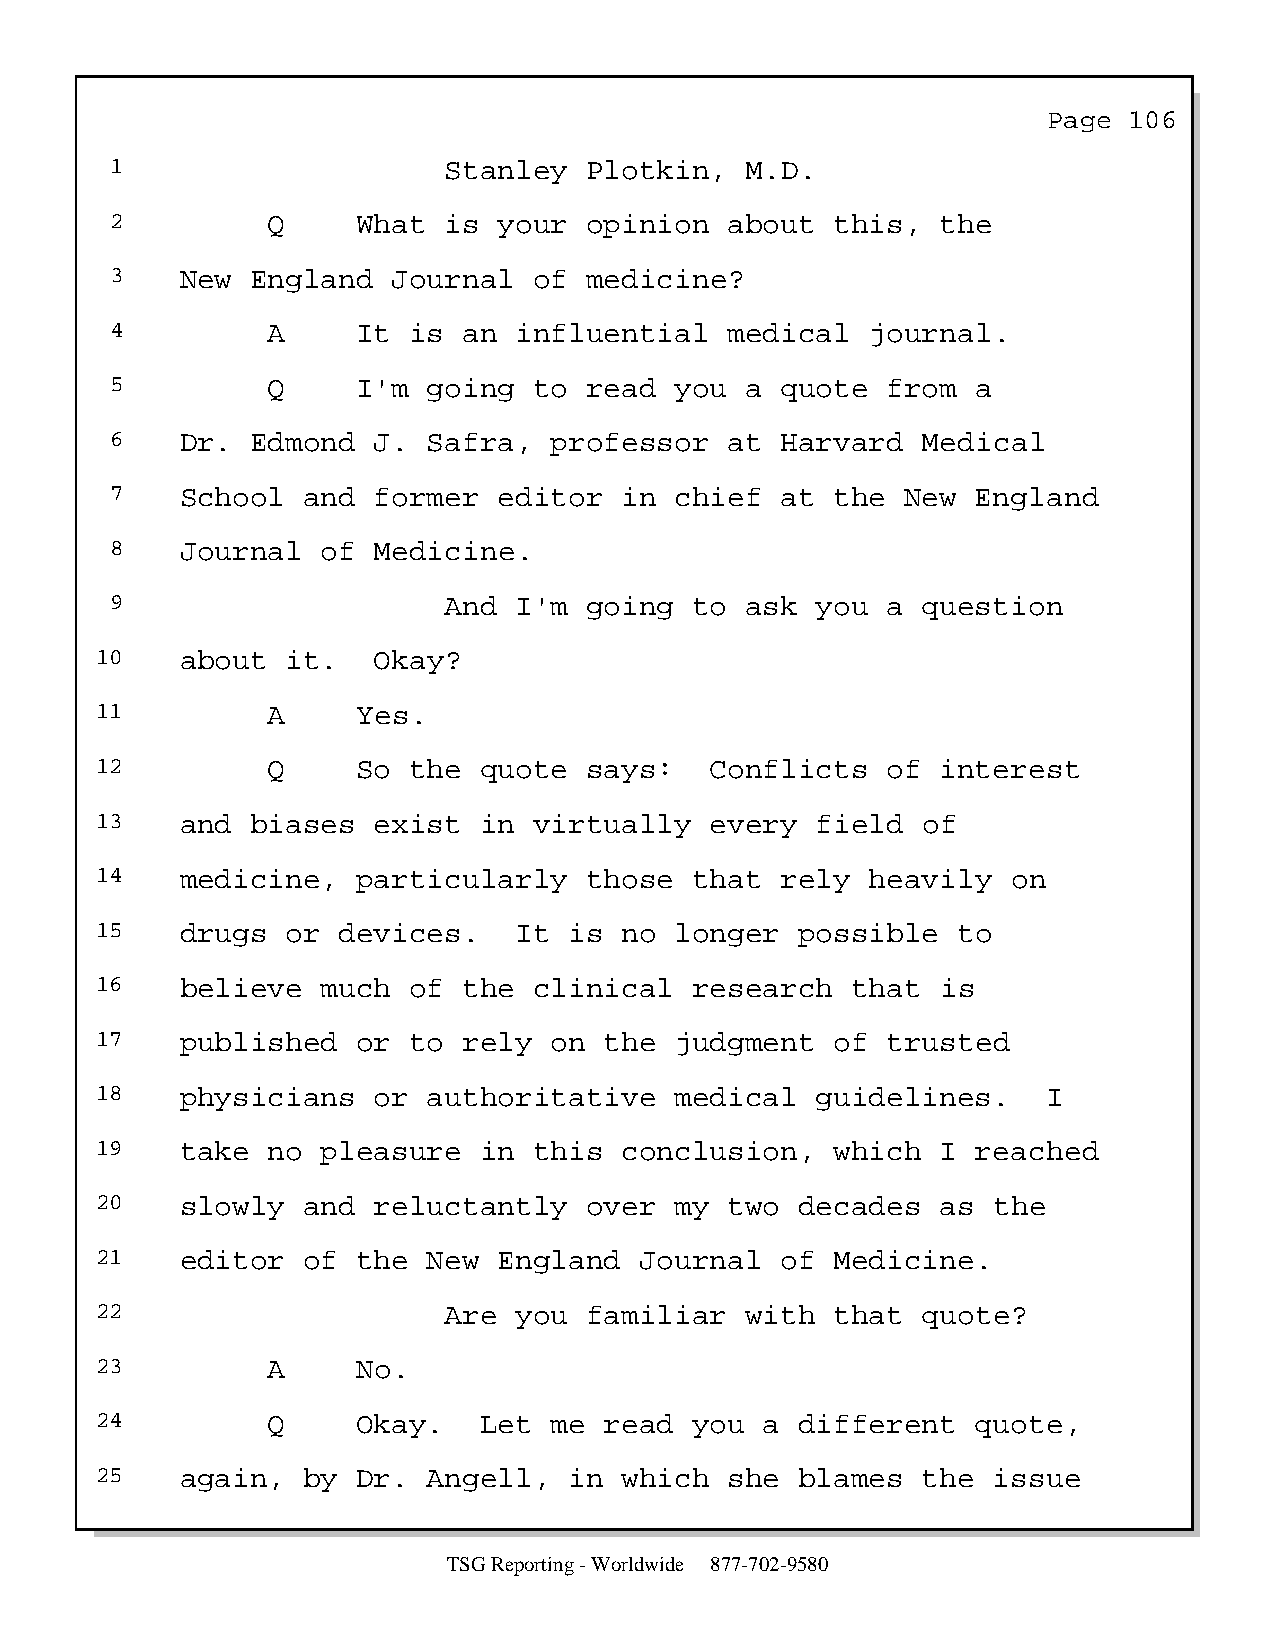
Page  106
 1                     Stanley   Plotkin,  M.D.
 2          Q     What is  your  opinion  about  this,  the
 3    New  England  Journal  of  medicine?
 4          A     It is  an influential   medical   journal.
 5          Q     I'm going  to  read  you a  quote  from  a
 6    Dr.  Edmond  J. Safra,  professor   at  Harvard  Medical
 7    School  and  former  editor  in  chief  at the  New  England
 8    Journal  of  Medicine.
 9                     And  I'm  going  to ask  you  a question
 10    about  it.   Okay?
 11          A     Yes.
 12          Q     So the  quote  says:   Conflicts   of interest
 13    and  biases  exist  in virtually   every  field  of
 14    medicine,   particularly   those  that  rely  heavily  on
 15    drugs  or devices.    It  is no  longer  possible  to
 16    believe  much  of  the clinical   research  that  is
 17    published   or to  rely on  the  judgment  of  trusted
 18    physicians   or authoritative    medical  guidelines.    I
 19    take  no pleasure   in this  conclusion,   which  I  reached
 20    slowly  and  reluctantly   over  my two  decades  as  the
 21    editor  of  the New  England  Journal   of Medicine.
 22                     Are  you  familiar  with  that  quote?
 23          A     No.
 24          Q     Okay.   Let me  read  you  a different   quote,
 25    again,  by  Dr. Angell,   in which  she  blames  the  issue
 TSG Reporting - Worldwide 877-702-9580